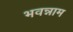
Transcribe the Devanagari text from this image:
भवन्नाम